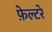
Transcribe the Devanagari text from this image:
फ़ेल्टरे